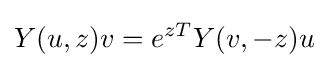
Y(u,z)v=e^{zT}Y(v,-z)u